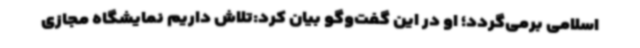
اسلامی برمی‌گردد؛ او در این گفت‌وگو بیان کرد:تلاش داریم نمایشگاه مجازی